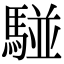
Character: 𩤀